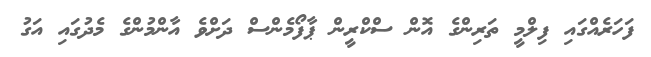
ފަހަރެއްގައި ފިލްމީ ތަރިންގެ އޮން ސްކްރީން ޕާފޯމެންސް ދަށްވެ އާންމުންގެ މެދުގައި އަގު